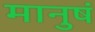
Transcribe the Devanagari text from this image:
मानुषं